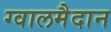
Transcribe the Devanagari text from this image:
ग्वालमैदान